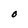
Character: O